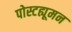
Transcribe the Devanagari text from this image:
पोस्टह्यूमन